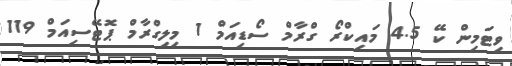
ވިޓަމިން ކޭ 4.5 މައިކްރޯ ގްރާމް ސޯޑިއަމް 1 މިލިގްރާމް ޕޮޓޭސިއަމް 119